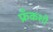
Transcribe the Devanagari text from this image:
फ्रँकशी